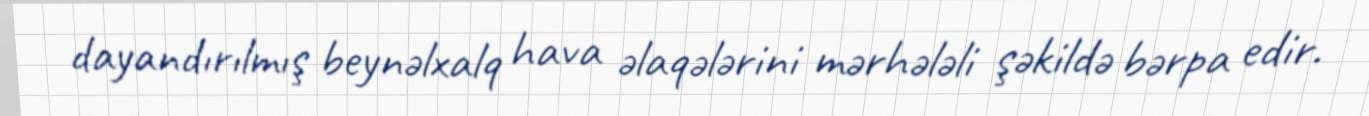
dayandırılmış beynəlxalq hava əlaqələrini mərhələli şəkildə bərpa edir.